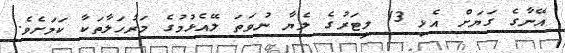
އޭނާގެ ގަޔަށް އެޅި 13 ލީޓަރުގެ ލެޔާ ނުވަތަ ލޭއެޅުމުގެ މަރުހަލާތަކާ ކަމަށެވެ.